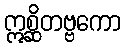
ဣစ္ဆိတဗ္ဗကော